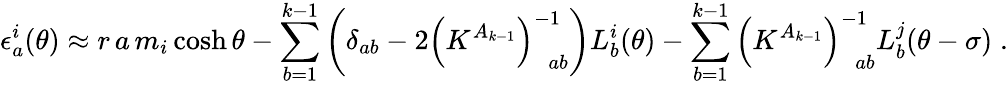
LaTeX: \epsilon_{a}^{i}(\theta)\approx r\, a\, m_{i}\cosh\theta-\sum_{b=1}^{k-1}\left(\delta_{ab}-2\left(K^{A_{k-1}}\right)_{\, \, \, ab}^{-1}\right)L_{b}^{i}(\theta)-\sum_{b=1}^{k-1}\left(K^{A_{k-1}}\right)_{\, \, \, ab}^{-1}L_{b}^{j}(\theta-\sigma)\; .